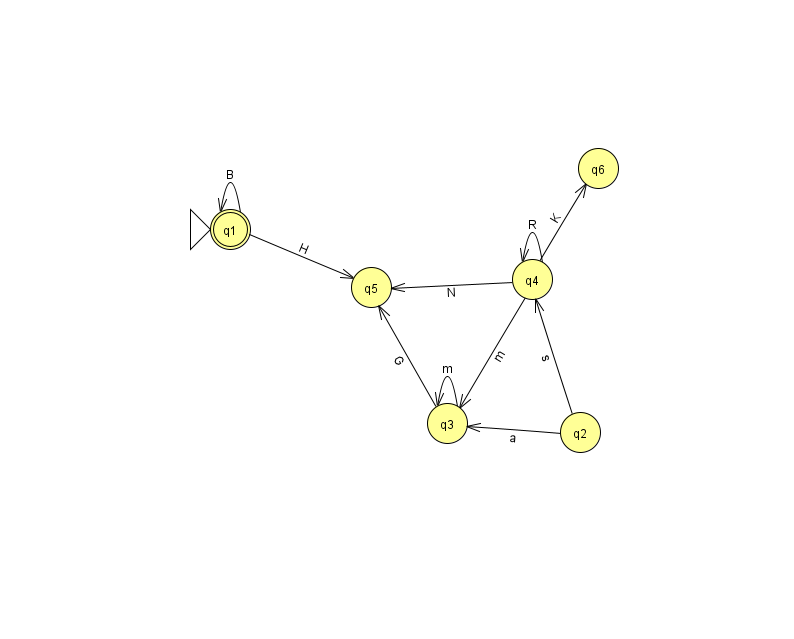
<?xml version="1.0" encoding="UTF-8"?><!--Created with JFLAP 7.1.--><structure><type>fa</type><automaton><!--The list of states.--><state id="0" name="q0"><x>966.0</x><y>50.0</y></state><state id="1" name="q1"><x>230.0</x><y>216.0</y><initial/><final/></state><state id="2" name="q2"><x>580.0</x><y>419.0</y></state><state id="3" name="q3"><x>447.0</x><y>410.0</y></state><state id="4" name="q4"><x>532.0</x><y>266.0</y></state><state id="5" name="q5"><x>371.0</x><y>274.0</y></state><state id="6" name="q6"><x>598.0</x><y>155.0</y></state><!--The list of transitions.--><transition><from>1</from><to>5</to><read>H</read></transition><transition><from>3</from><to>5</to><read>G</read></transition><transition><from>4</from><to>6</to><read>K</read></transition><transition><from>1</from><to>1</to><read>B</read></transition><transition><from>4</from><to>4</to><read>R</read></transition><transition><from>0</from><to>0</to><read>D</read></transition><transition><from>2</from><to>3</to><read>a</read></transition><transition><from>2</from><to>4</to><read>s</read></transition><transition><from>4</from><to>5</to><read>N</read></transition><transition><from>3</from><to>3</to><read>m</read></transition><transition><from>4</from><to>3</to><read>m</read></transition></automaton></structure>